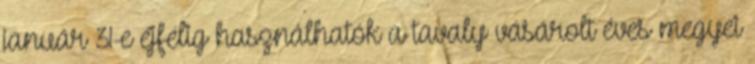
január 31-e éjfélig használhatók a tavaly vásárolt éves megyei